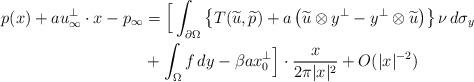
LaTeX: \begin{align*}p(x)+au_\infty^\perp\cdot x-p_\infty&=\Big[\int_{\partial\Omega}\left\{T(\widetilde u,\widetilde p)+a\,\big(\widetilde u\otimes y^\perp-y^\perp\otimes\widetilde u\big)\right\}\nu\,d\sigma_y \\&+\int_\Omega f\,dy-\beta a x_0^\perp\Big]\cdot\frac{x}{2\pi |x|^2}+O(|x|^{-2})\end{align*}